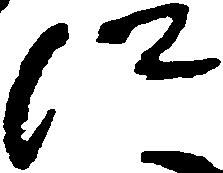
に